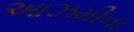
આઝમીના